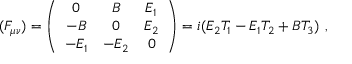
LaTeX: ( F _ { \mu \nu } ) = \left( \begin{array} { c c c } { { 0 } } & { { B } } & { { E _ { 1 } } } \\ { { - B } } & { { 0 } } & { { E _ { 2 } } } \\ { { - E _ { 1 } } } & { { - E _ { 2 } } } & { { 0 } } \end{array} \right) = i ( E _ { 2 } T _ { 1 } - E _ { 1 } T _ { 2 } + B T _ { 3 } ) \ ,